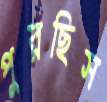
পুরছিস